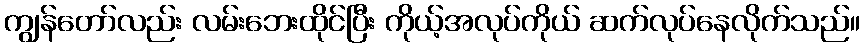
ကျွန်တော်လည်း လမ်းဘေးထိုင်ပြီး ကိုယ့်အလုပ်ကိုယ် ဆက်လုပ်နေလိုက်သည်။